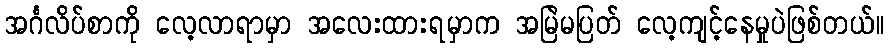
အင်္ဂလိပ်စာကို လေ့လာရာမှာ အလေးထားရမှာက အမြဲမပြတ် လေ့ကျင့်နေမှုပဲဖြစ်တယ်။